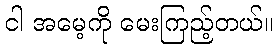
ငါ အမေ့ကို မေးကြည့်တယ်။